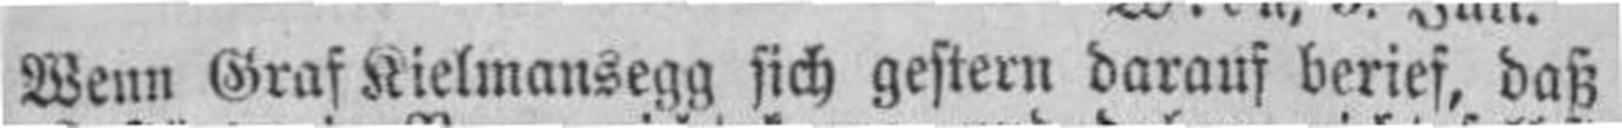
Wenn Graf Kielmansegg sich gestern darauf berief, daß